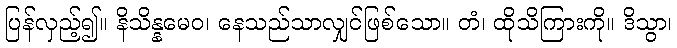
ပြန်လှည့်၍။ နိသိန္နမေဝ၊ နေသည်သာလျှင်ဖြစ်သော။ တံ၊ ထိုသိကြားကို။ ဒိသွာ၊